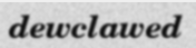
dewclawed